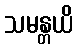
သမန္တယိ